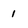
Character: 1